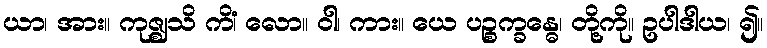
ယာ၊ အား။ ကုဇ္ဈသိ ကိံ၊ လော။ ဝါ၊ ကား။ ယေ ပဉ္စက္ခန္ဓေ၊ တို့ကို။ ဥပါဒါယ၊ ၍။